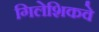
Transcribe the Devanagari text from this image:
गिलेशिकवे